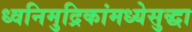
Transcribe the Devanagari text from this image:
ध्वनिमुद्रिकांमध्येसुद्धा